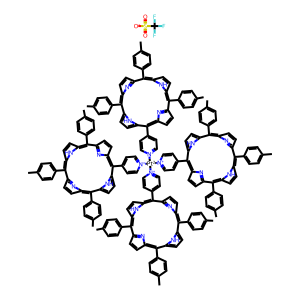
SMILES: Cc1ccc(-c2c3ccc(n3)c(-c3ccc(C)cc3)c3ccc([nH]3)c(-c3cc[n+]([Pt-2]([n+]4ccc(-c5c6ccc(n6)c(-c6ccc(C)cc6)c6ccc([nH]6)c(-c6ccc(C)cc6)c6ccc(n6)c(-c6ccc(C)cc6)c6ccc5[nH]6)cc4)([n+]4ccc(-c5c6ccc(n6)c(-c6ccc(C)cc6)c6ccc([nH]6)c(-c6ccc(C)cc6)c6ccc(n6)c(-c6ccc(C)cc6)c6ccc5[nH]6)cc4)[n+]4ccc(-c5c6ccc(n6)c(-c6ccc(C)cc6)c6ccc([nH]6)c(-c6ccc(C)cc6)c6ccc(n6)c(-c6ccc(C)cc6)c6ccc5[nH]6)cc4)cc3)c3ccc(n3)c(-c3ccc(C)cc3)c3ccc2[nH]3)cc1.O=S(=O)([O-])C(F)(F)F
Inhibits HIV replication: No